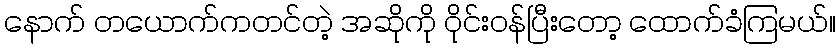
နောက် တယောက်ကတင်တဲ့ အဆိုကို ဝိုင်းဝန်ပြီးတော့ ထောက်ခံကြမယ်။